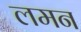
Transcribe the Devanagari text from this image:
लमन